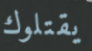
يقتلوك